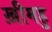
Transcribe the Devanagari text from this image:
ख़ीमहु